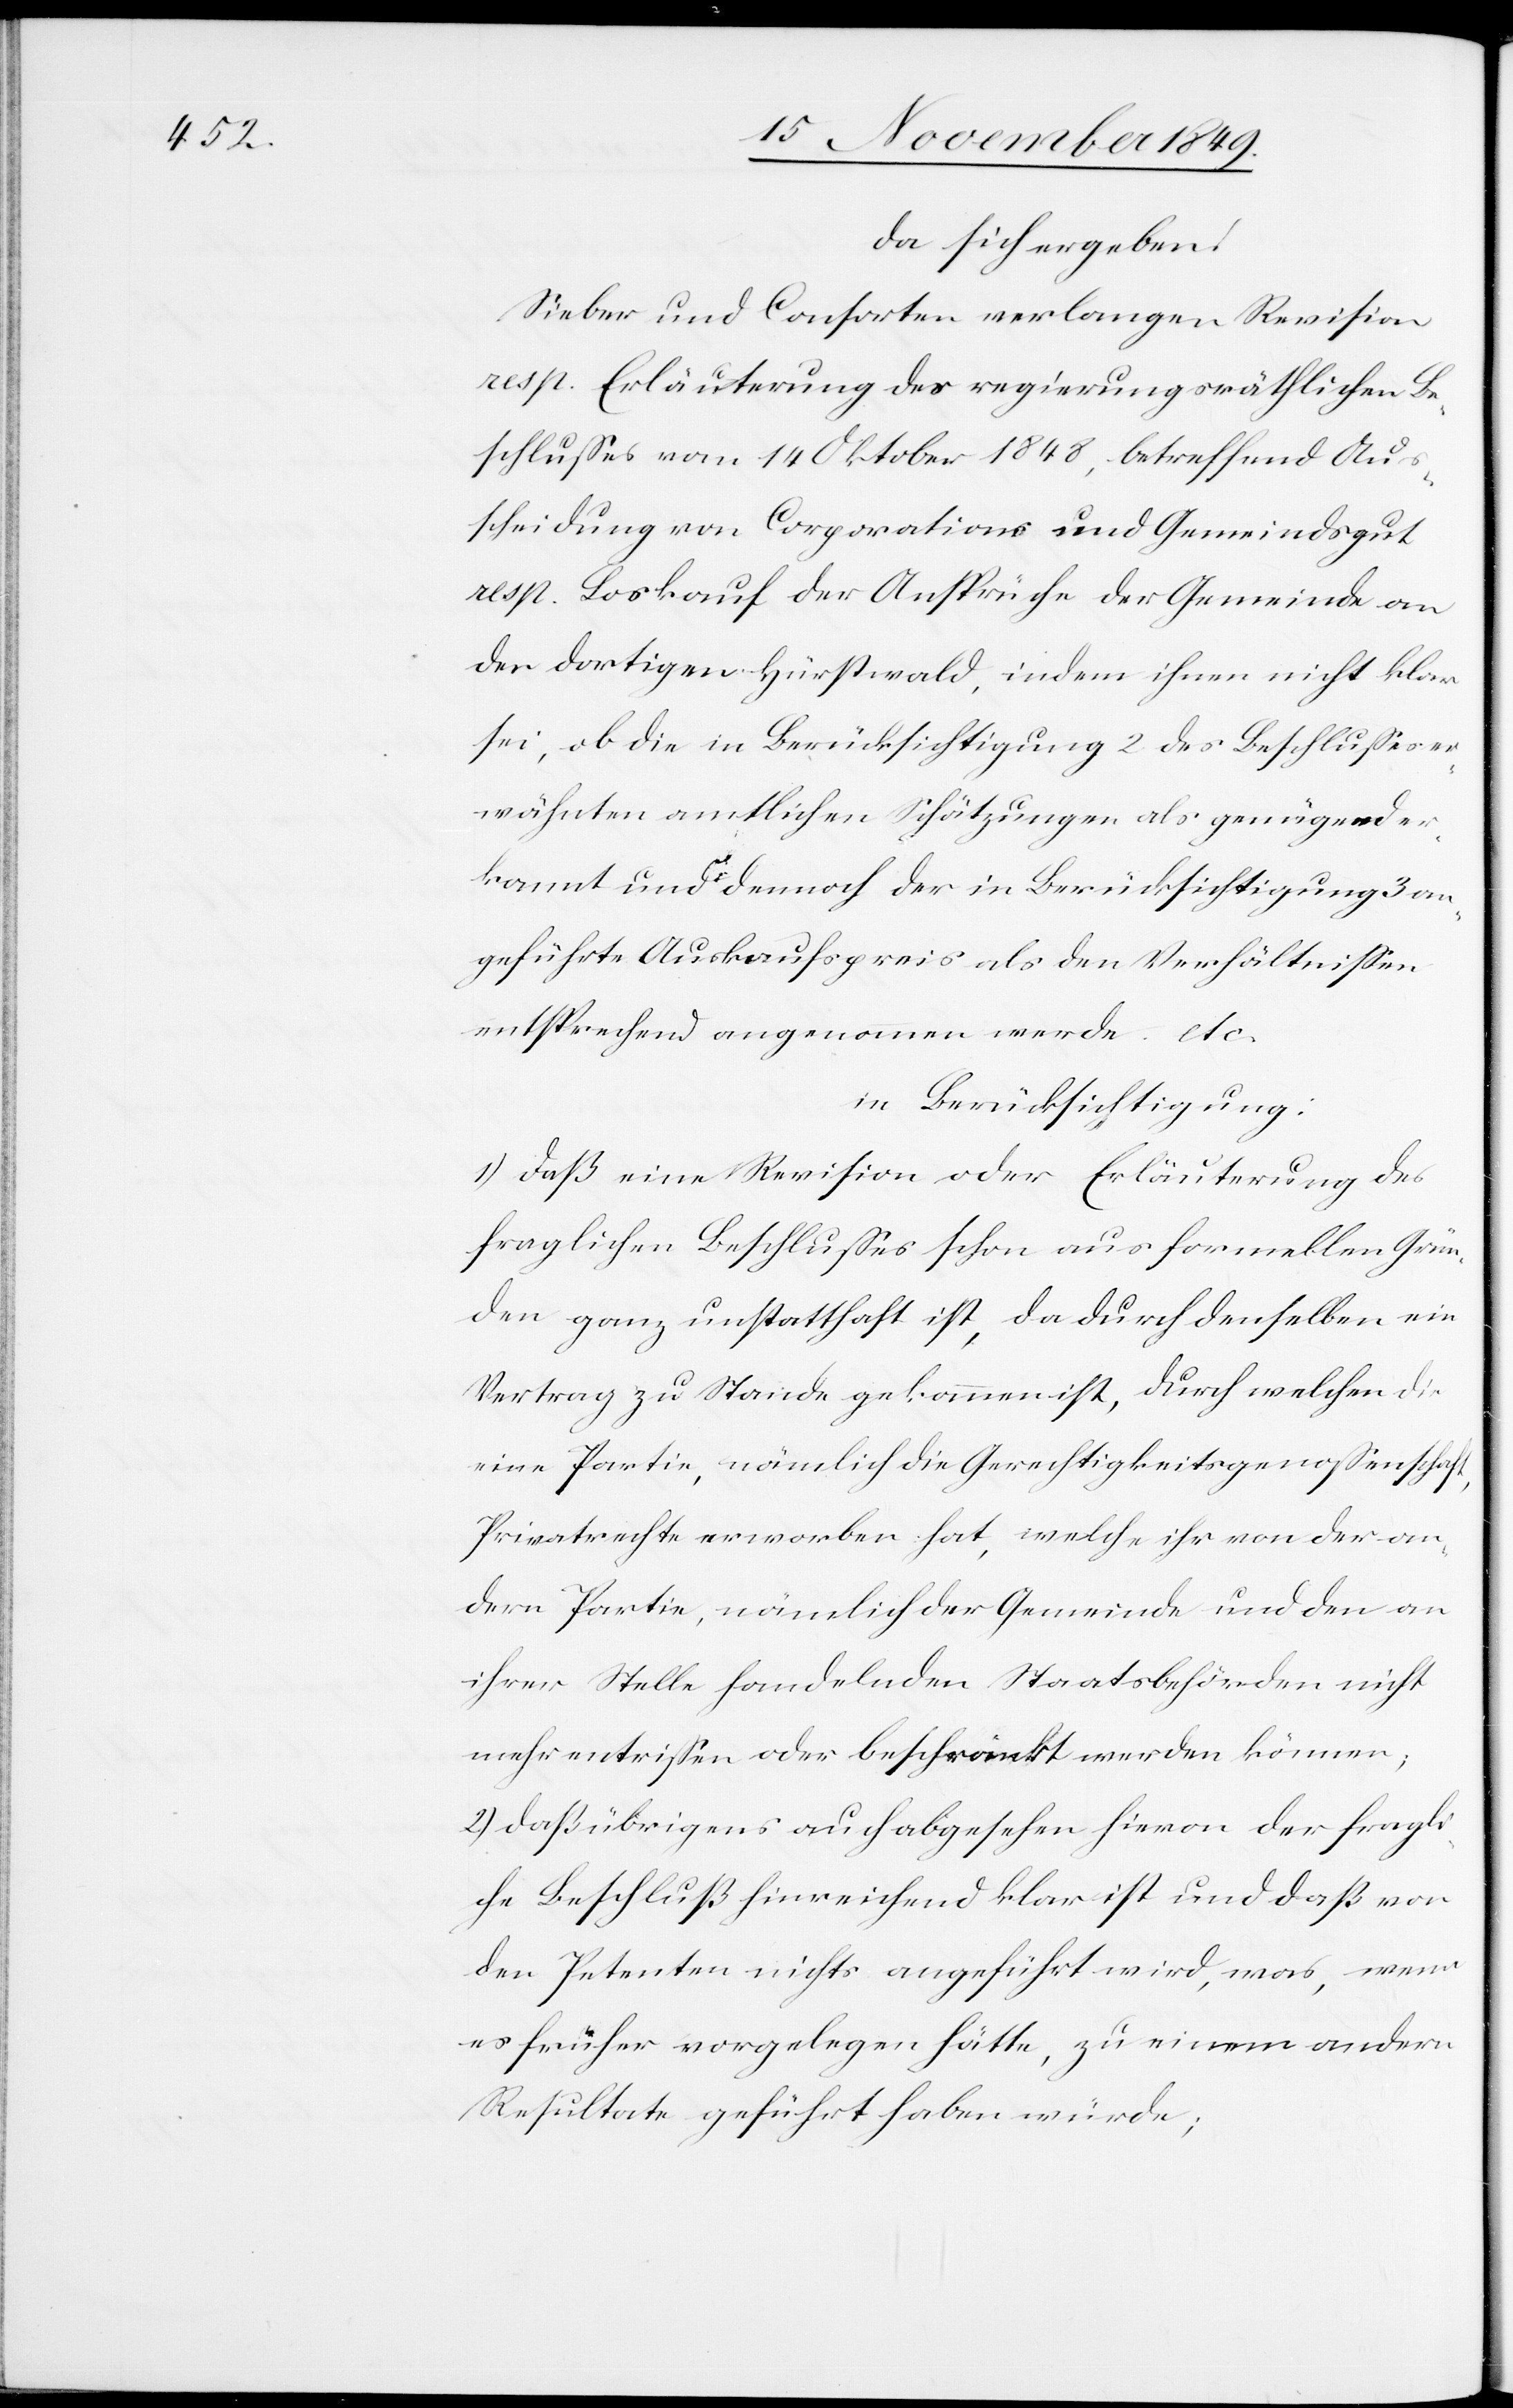
da sich ergeben:
Sieber und Consorten verlangen Revision
resp. Erläuterung des regierungsräthlichen Be¬
schlußes vom 14 Oktober 1848, betreffend Aus¬
scheidung von Corporations und Gemeindsgut
resp. Loskauf der Ansprüche der Gemeinde von
der dortigen Hürstwald, indem ihnen nicht klar
sei, ob die in Berücksichtigung 2 des Beschlußes er¬
wähnten amtlichen Schätzungen als genügend er¬
kannt und dennoch der in Berücksichtigung 3 an¬
geführte Auskaufspreis als den Verhältnißen
entsprechend angenommen werde. etc.
in Berücksichtigung:
1.) daß eine Revision oder Erläuterung des
fraglichen Beschlußes schon aus formellen Grün¬
den ganz unstatthaft ist, dadurch denselben ein
Vertrag zu Stande gekommen ist, durch welchen die
eine Partie, nämlich die Gerechtigkeitsgenoßenschaft,
Privatrechte erworben hat, welche ihr von der an¬
dern Partie, nämlich der Gemeinde und den an
ihrer Stelle handelnden Staatsbehörden nicht
mehr entrißen oder beschränkt werden können;
den Petenten nichts angeführt wird, was, wenn
es früher vorgelegen hätte, zu einem andern
Resultate geführt haben würde;